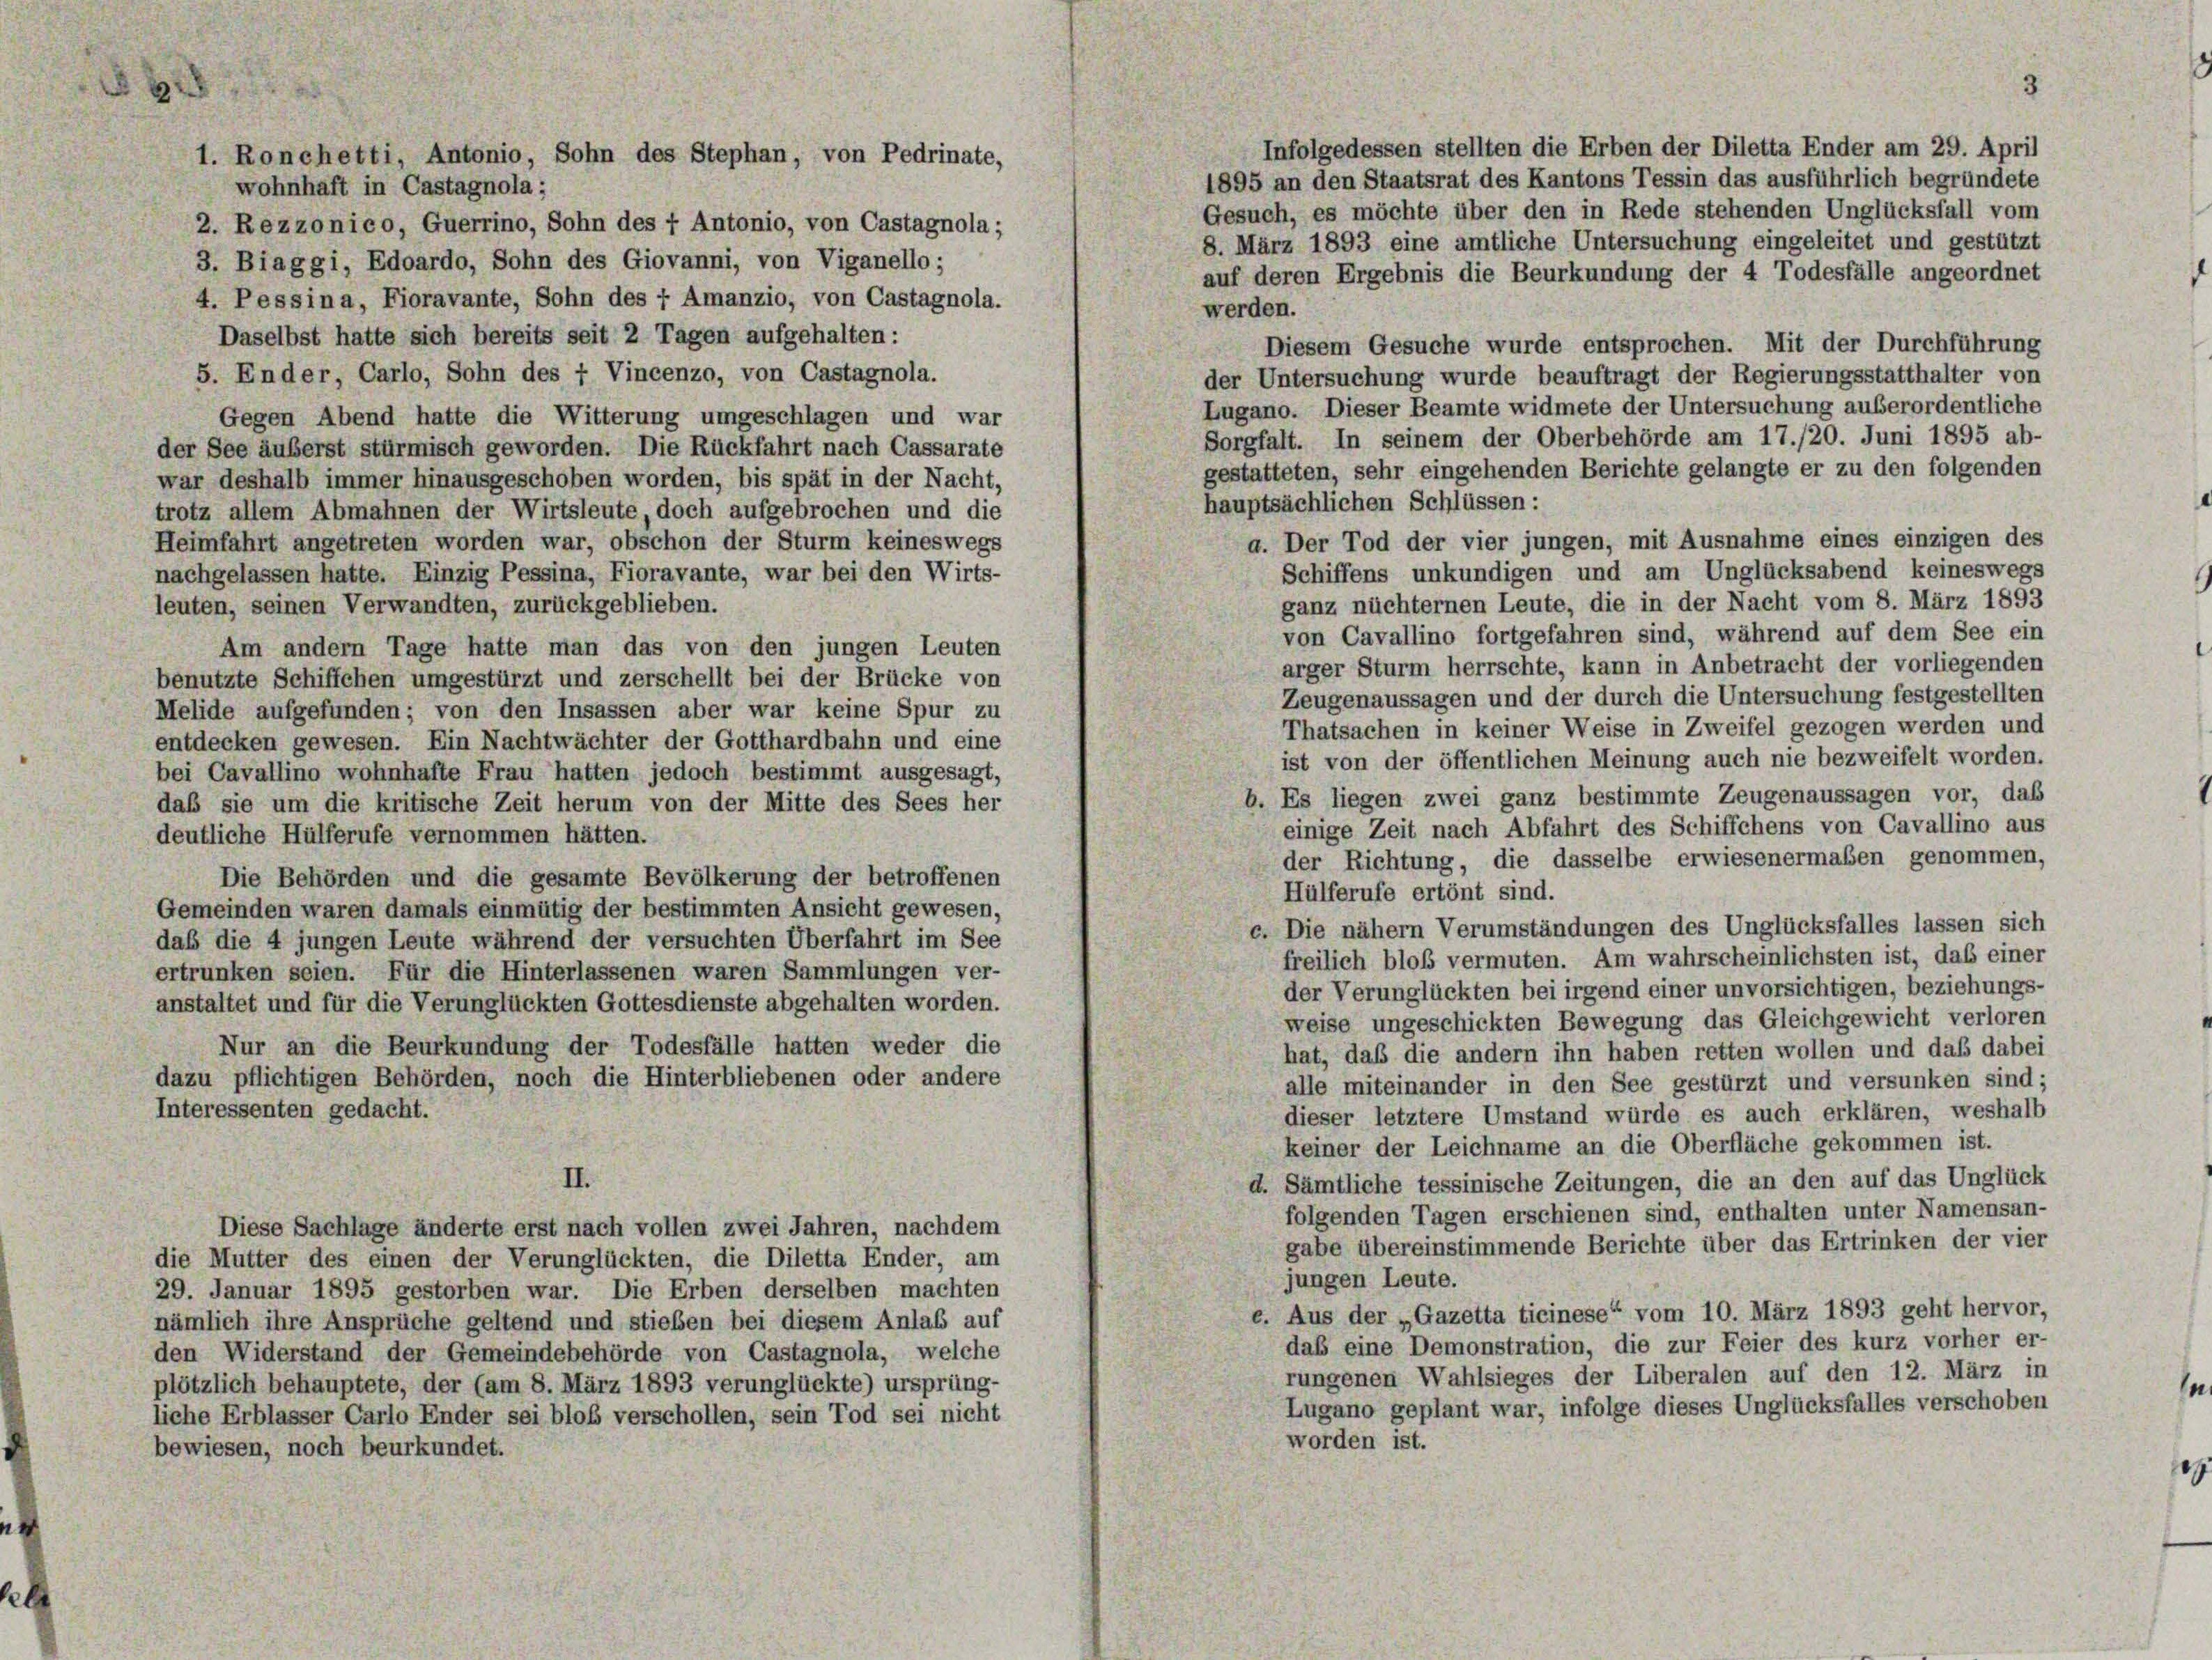
s

Infolgedessen stellten die Erben der Diletta Ender am 29. April
1895 an den Staatsrat des Kantons Tessin das ausführlich begründete
wohnhaft in Castagnola :
Gesuch, es möchte über den in Rede stehenden Unglücksfall vom
2. Rezzonico, Guerrino, Sohn des 7 Antonio, von Castagnola;
8. März 1893 eine amtliche Untersuchung eingeleitet und gestützt
3. Biaggi, Edoardo, Sohn des Giovanni, von Viganello ;
auf deren Ergebnis die Beurkundung der 4 Todesfälle angeordnet
4. Pessina, Fioravante, Sohn des 7 Amanzio, von Castagnola.
werden.
Daselbst hatte sich bereits seit 2 Tagen aufgehalten:
Diesem Gesuche wurde entsprochen. Mit der Durchführung
5. Ender, Carlo, Sohn des f Vincenzo, von Castagnola.
der Untersuchung wurde beauftragt der Regierungsstatthalter von
Lugano. Dieser Beamte widmete der Untersuchung außerordentliche
Gegen Abend hatte die Witterung umgeschlagen und war
Sorgfalt. In seinem der Oberbehörde am 17./20. Juni 1895 ab-
der See äußerst stürmisch geworden. Die Rückfahrt nach Cassarate
gestatteten, sehr eingehenden Berichte gelangte er zu den folgenden
war deshalb immer hinausgeschoben worden, bis spät in der Nacht,
hauptsächlichen Schlüssen:
trotz allem Abmahnen der Wirtsleute, doch aufgebrochen und die
a. Der Tod der vier jungen, mit Ausnahme eines einzigen des
Heimfahrt angetreten worden war, obschon der Sturm keineswegs
Schiffens unkundigen und am Unglücksabend keineswegs
nachgelassen hatte. Einzig Pessina, Fioravante, war bei den Wirts-
ganz nüchternen Leute, die in der Nacht vom 8. März 1893
leuten, seinen Verwandten, zurückgeblieben.
von Cavallino fortgefahren sind, während auf dem See ein
Am andern Tage hatte man das von den jungen Leuten
arger Sturm herrschte, kann in Anbetracht der vorliegenden
benutzte Schiffchen umgestürzt und zerschellt bei der Brücke von
Zeugenaussagen und der durch die Untersuchung festgestellten
Melide aufgefunden; von den Insassen aber war keine Spur zu
Thatsachen in keiner Weise in Zweifel gezogen werden und
entdecken gewesen. Ein Nachtwächter der Gotthardbahn und eine
ist von der öffentlichen Meinung auch nie bezweifelt worden.
bei Cavallino wohnhafte Frau hatten jedoch bestimmt ausgesagt,
b. Es liegen zwei ganz bestimmte Zeugenaussagen vor, daß
daß sie um die kritische Zeit herum von der Mitte des Sees her
einige Zeit nach Abfahrt des Schiffchens von Cavallino aus
deutliche Hülferufe vernommen hätten.
der Richtung, die dasselbe erwiesenermaßen genommen,
Die Behörden und die gesamte Bevölkerung der betroffenen
Hülferufe ertönt sind.
Gemeinden waren damals einmütig der bestimmten Ansicht gewesen,
c. Die nähern Verumständungen des Unglücksfalles lassen sich
daß die 4 jungen Leute während der versuchten Überfahrt im See
freilich bloß vermuten. Am wahrscheinlichsten ist, das einer
ertrunken seien. Für die Hinterlassenen waren Sammlungen ver-
der Verunglückten bei irgend einer unvorsichtigen, beziehungs-
anstaltet und für die Verunglückten Gottesdienste abgehalten worden.
weise ungeschickten Bewegung das Gleichgewicht verloren
Nur an die Beurkundung der Todesfälle hatten weder die
hat, daß die andern ihn haben retten wollen und daß dabei
dazu pflichtigen Behörden, noch die Hinterbliebenen oder andere
alle miteinander in den See gestürzt und versunken sind;
Interessenten gedacht.
dieser letztere Umstand würde es auch erklären, weshalb
keiner der Leichname an die Oberfläche gekommen ist.
II.
d. Sämtliche tessinische Zeitungen, die an den auf das Unglück
folgenden Tagen erschienen sind, enthalten unter Namensan-
Diese Sachlage änderte erst nach vollen zwei Jahren, nachdem
gabe übereinstimmende Berichte über das Ertrinken der vier
die Mutter des einen der Verunglückten, die Diletta Ender, am
jungen Leute.
29. Januar 1895 gestorben war. Die Erben derselben machten
e. Aus der „Gazetta ticinese“ vom 10. März 1893 geht hervor,
nämlich ihre Ansprüche geltend und stieben bei diesem Anlaß auf
daß eine Demonstration, die zur Feier des kurz vorher er-
den Widerstand der Gemeindebehörde von Castagnola, welche
rungenen Wahlsieges der Liberalen auf den 12. März in
plötzlich behauptete, der (am 8. März 1893 verunglückte) ursprüng-
Lugano geplant war, infolge dieses Unglücksfalles verschoben
liche Erblasser Carlo Ender sei bloß verschollen, sein Tod sei nicht
worden ist.
bewiesen, noch beurkundet.

1. Ronchetti, Antonio, Sohn des Stephan, von Pedrinate,